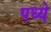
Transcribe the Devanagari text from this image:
पध्ये